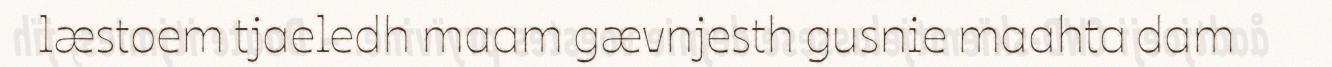
læstoem tjaeledh maam gævnjesth gusnie maahta dam